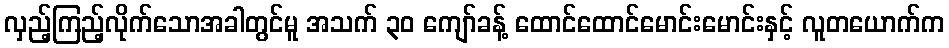
လှည့်ကြည့်လိုက်သောအခါတွင်မူ အသက် ၃၀ ကျော်ခန့် ထောင်ထောင်မောင်းမောင်းနှင့် လူတယောက်က